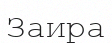
Заира